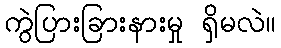
ကွဲပြားခြားနားမှု ရှိမလဲ။